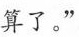
算了。”